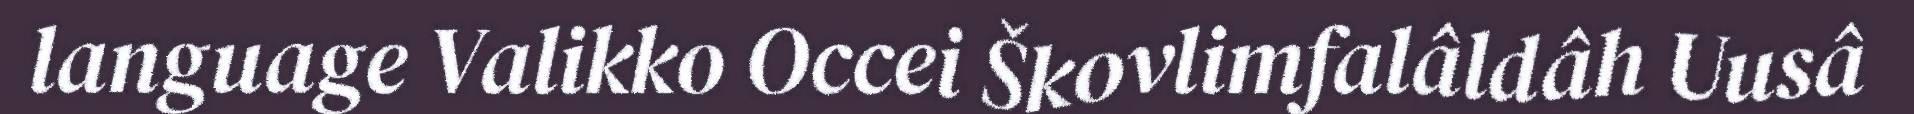
language Valikko Occei Škovlimfalâldâh Uusâ